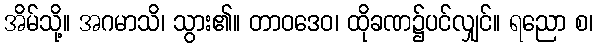
အိမ်သို့။ အဂမာသိ၊ သွား၏။ တာဝဒေဝ၊ ထိုခဏ၌ပင်လျှင်။ ရညော စ၊